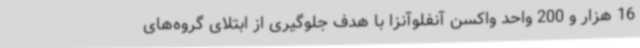
16 هزار و 200 واحد واکسن آنفلوآنزا با هدف جلوگیری از ابتلای گروه‌های